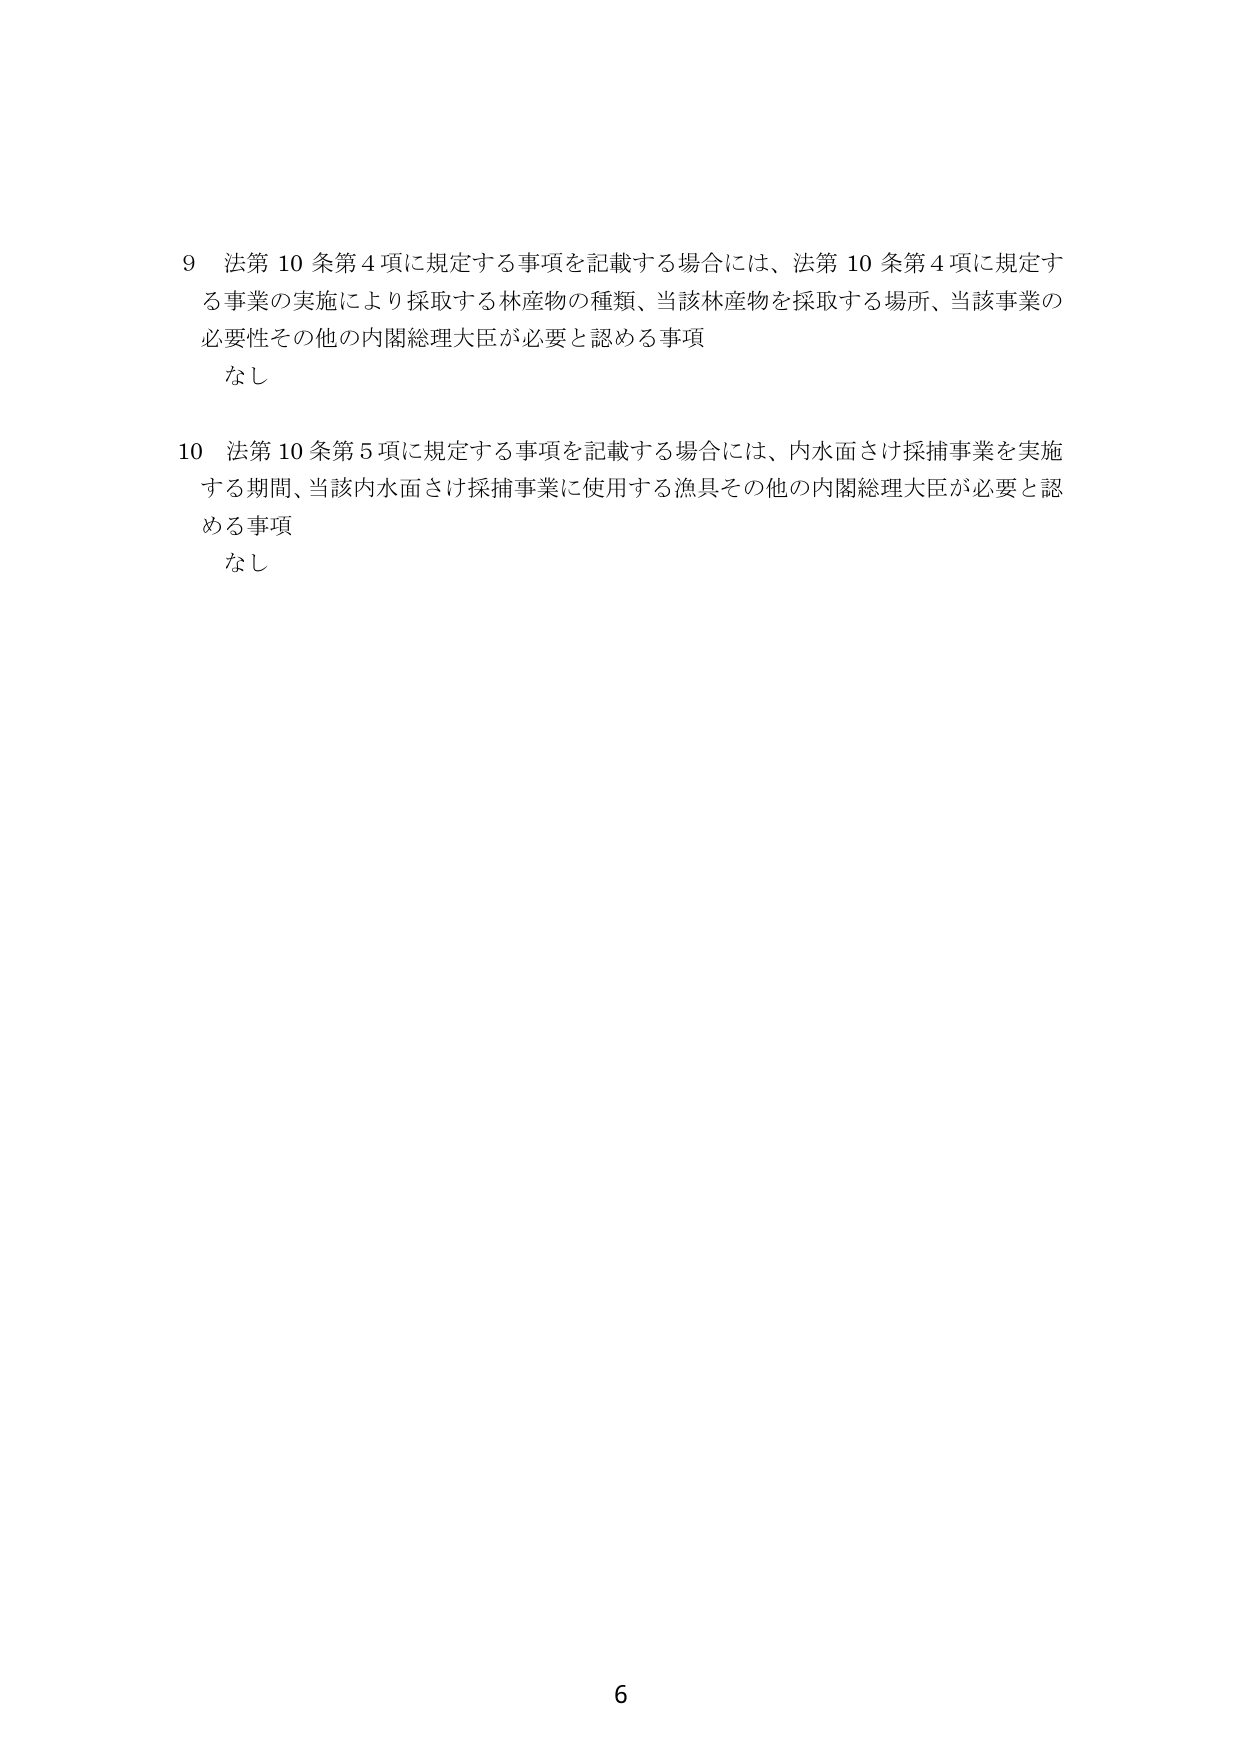
9 法第10条第4項に規定する事項を記載する場合には、法第10条第4項に規定する事業の実施により採取する林産物の種類、当該林産物を採取する場所、当該事業の必要性その他の内閣総理大臣が必要と認める事項
なし

10 法第10条第5項に規定する事項を記載する場合には、内水面さけ採捕事業を実施する期間、当該内水面さけ採捕事業に使用する漁具その他の内閣総理大臣が必要と認める事項
なし

6